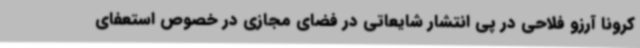
کرونا آرزو فلاحی در پی انتشار شایعاتی در فضای مجازی در خصوص استعفای